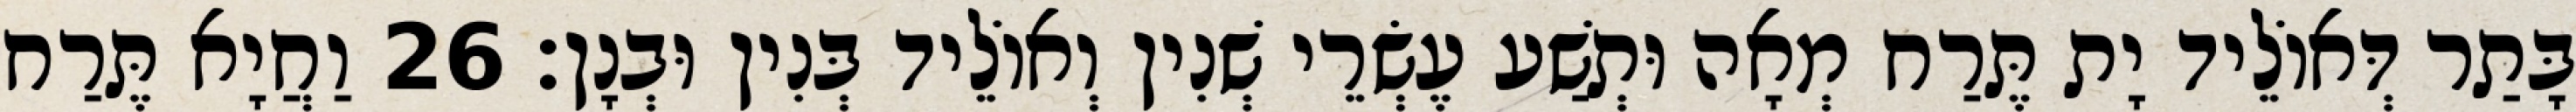
בָּתַר דְּאוֹלֵיד יָת תֶּרַח מְאָה וּתְשַׁע עֶשְׂרֵי שְׁנִין וְאוֹלֵיד בְּנִין וּבְנָן׃ 26 וַחֲיָא תֶּרַח